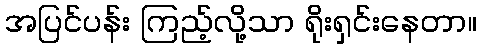
အပြင်ပန်း ကြည့်လို့သာ ရိုးရှင်းနေတာ။